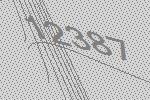
12387